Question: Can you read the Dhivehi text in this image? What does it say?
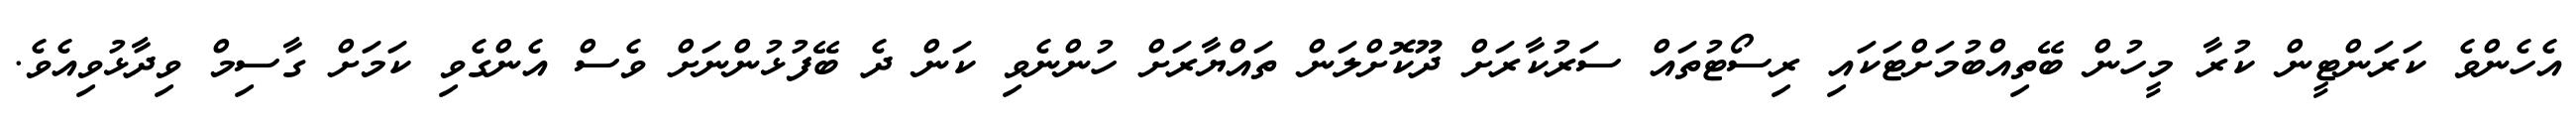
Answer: އެހެންވެ ކަރަންޓީން ކުރާ މީހުން ބޭތިއްބުމަށްޓަކައި ރިސޯޓުތައް ސަރުކާރަށް ދޫކޮށްލަން ތައްޔާރަށް ހުންނެވި ކަން ދެ ބޭފުޅުންނަށް ވެސް އެންގެވި ކަމަށް ގާސިމް ވިދާޅުވިއެވެ.